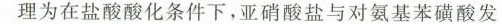
理为在盐酸酸化条件下，亚硝酸盐与对氨基苯磺酸发